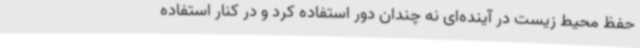
حفظ محیط زیست در آینده‌ای نه چندان دور استفاده کرد و در کنار استفاده